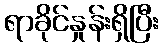
ရာခိုင်နှုန်းရှိပြီး